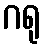
ဂရု